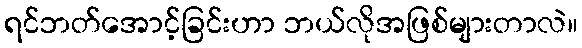
ရင်ဘတ်အောင့်ခြင်းဟာ ဘယ်လိုအဖြစ်များတာလဲ။